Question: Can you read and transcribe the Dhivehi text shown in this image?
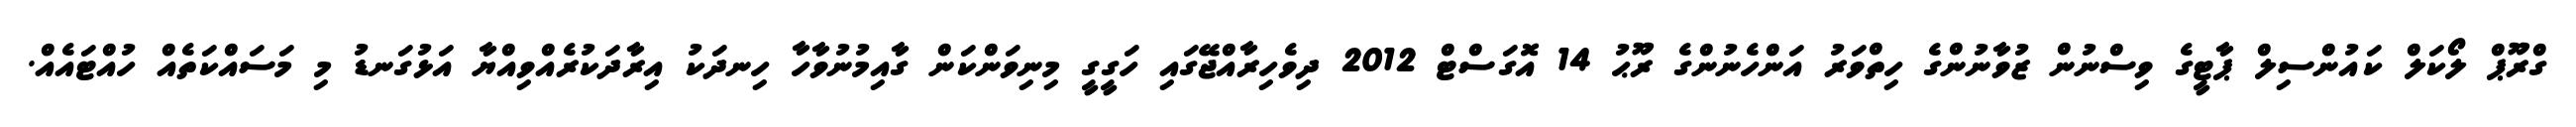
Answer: ގްރޫޕް ލޯކަލް ކައުންސިލް ޕާޓީގެ ވިސްނުން ޒުވާނުންގެ ހިތްވަރު އަންހެނުންގެ ރޫޙު 14 އޮގަސްޓް 2012 ދިވެހިރާއްޖޭގައި ހަގީގީ މިނިވަންކަން ގާއިމުނުވާހާ ހިނދަކު އިރާދަކުރެއްވިއްޔާ އަޅުގަނޑު މި މަސައްކަތެއް ހުއްޓައެއް.